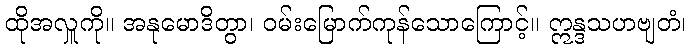
ထိုအလှူကို။ အနုမောဒိတွာ၊ ဝမ်းမြောက်ကုန်သောကြောင့်။ ဣန္ဒသဟဗျတံ၊